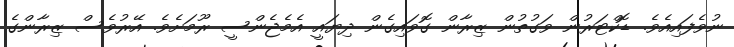
ނުވެފައިއެވެ. ޑޮކްޓަރުން ވަގުތުން ޒިރާން ގޮވައިގެން ދިޔައީ އެމެޖެންސީ ރޫމަށެވެ. އޭރުވެސް ޒިރާންގެ